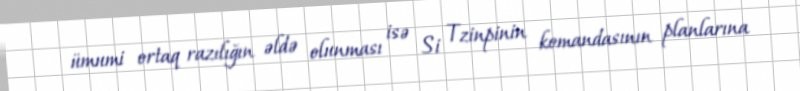
ümumi ortaq razılığın əldə olunması isə Si Tzinpinin komandasının planlarına